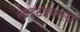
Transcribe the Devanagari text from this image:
लाइटइयरला